Civil Veterinary Department. Madras. Admin. report 1926-33 - 1926-1933
Year: 1926
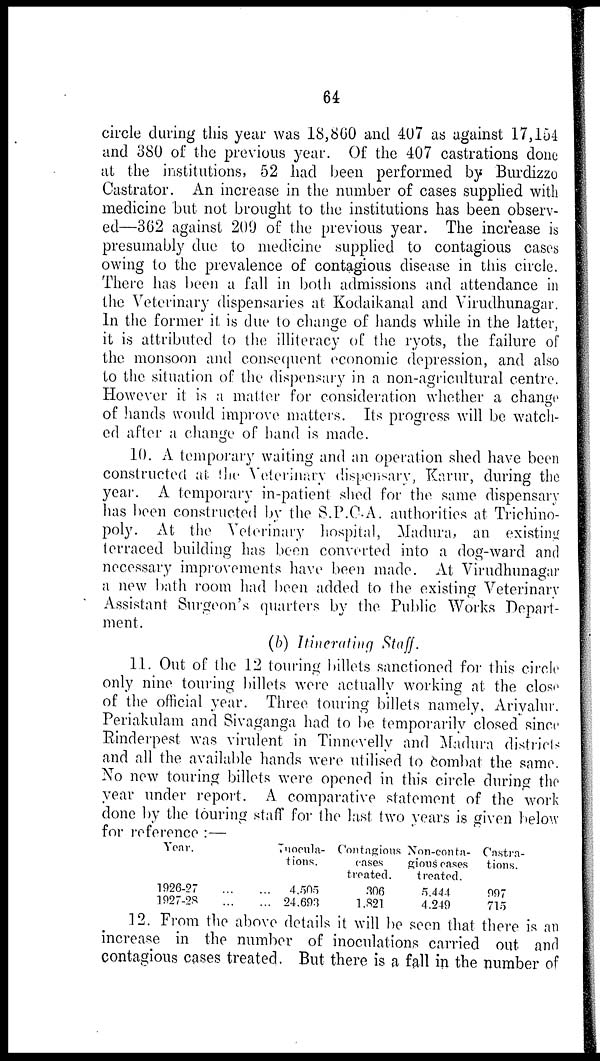
64
circle during this year was 18,860 and 407 as against 17,154
and 380 of the previous year. Of the 407 castrations done
at the institutions, 52 had been performed by Burdizzo
Castrator. An increase in the number of cases supplied with
medicine but not brought to the institutions has been observ-
ed—362 against 209 of the previous year. The increase is
presumably due to medicine supplied to contagious cases
owing to the prevalence of contagious disease in this circle.
There has been a fall in both admissions and attendance in
the Veterinary dispensaries at Kodaikanal and Virudhunagar.
In the former it is due to change of hands while in the latter,
it is attributed to the illiteracy of the ryots, the failure of
the monsoon and consequent economic depression, and also
to the situation of the dispensary in a non-agricultural centre.
However it is a matter for consideration whether a change
of hands would improve matters. Its progress will be watch-
ed after a change of hand is made.
10. A temporary waiting and an operation shed have been
constructed at the Veterinary dispensary, Karur, during the
year. A temporary in-patient shed for the same dispensary
has been constructed by the S.P.C.A. authorities at Trichino-
poly. At the Veterinary hospital, Madura, an existing
terraced building has been converted into a dog-ward and
necessary improvements have been made. At Virudhunagar
a new bath room had been added to the existing Veterinary
Assistant Surgeon's quarters by the Public Works Depart-
ment.
(b) Itinerating Staff.
11. Out of the 12 touring billets sanctioned for this circle
only nine touring billets were actually working at the close
of the official year. Three touring billets namely, Ariyalur.
Periakulam and Sivaganga had to be temporarily closed since
Rinderpest was virulent in Tinnevelly and Madura districts
and all the available hands were utilised to combat the same.
No new touring billets were opened in this circle during the
year under report. A comparative statement of the work
done by the touring staff for the last two years is given below
for reference :—
Year.
1926-27 ... ...
1027-28 ... ...
Inocula-
tions.
4,505
24.693
Contagions
cases
treated.
306
1,821
Non-conta-
gious cases
treated.
5.444
4.249
Castra-
tions.
997
715
12. From the above details it will be seen that there is an
increase in the number of inoculations carried out and
contagious cases treated. But there is a fall in the number of